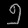
Digit: ၅